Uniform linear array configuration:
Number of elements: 12
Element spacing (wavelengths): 0.75
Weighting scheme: binomial
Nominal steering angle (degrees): -60
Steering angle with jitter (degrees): -61.625
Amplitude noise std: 0.05
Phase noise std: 0.05

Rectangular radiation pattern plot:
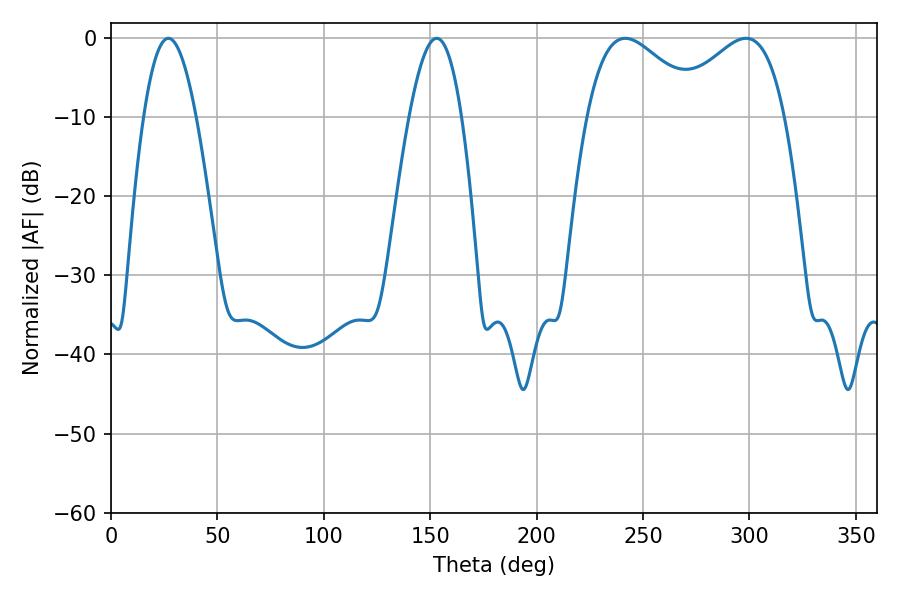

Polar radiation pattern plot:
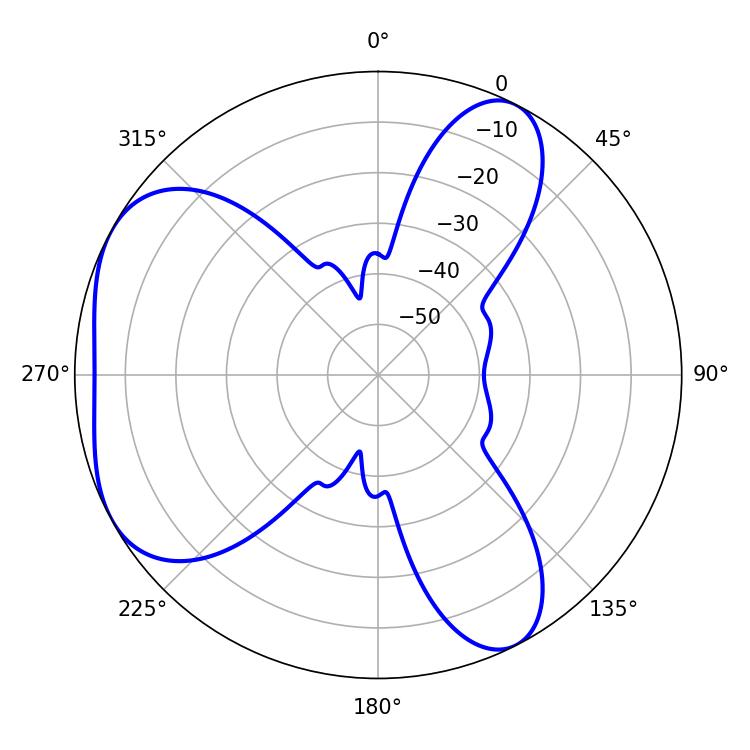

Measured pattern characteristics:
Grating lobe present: TRUE
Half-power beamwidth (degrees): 13.32
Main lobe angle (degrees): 27